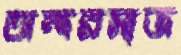
অন্দরসাজ